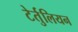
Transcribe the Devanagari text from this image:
टेर्तुलियन